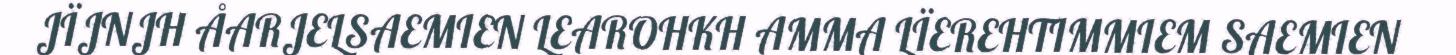
JÏJNJH ÅARJELSAEMIEN LEAROHKH AMMA LÏEREHTIMMIEM SAEMIEN